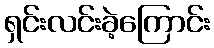
ရှင်းလင်းခဲ့ကြောင်း